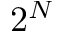
2 ^ { N }